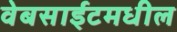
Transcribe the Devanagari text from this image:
वेबसाईटमधील